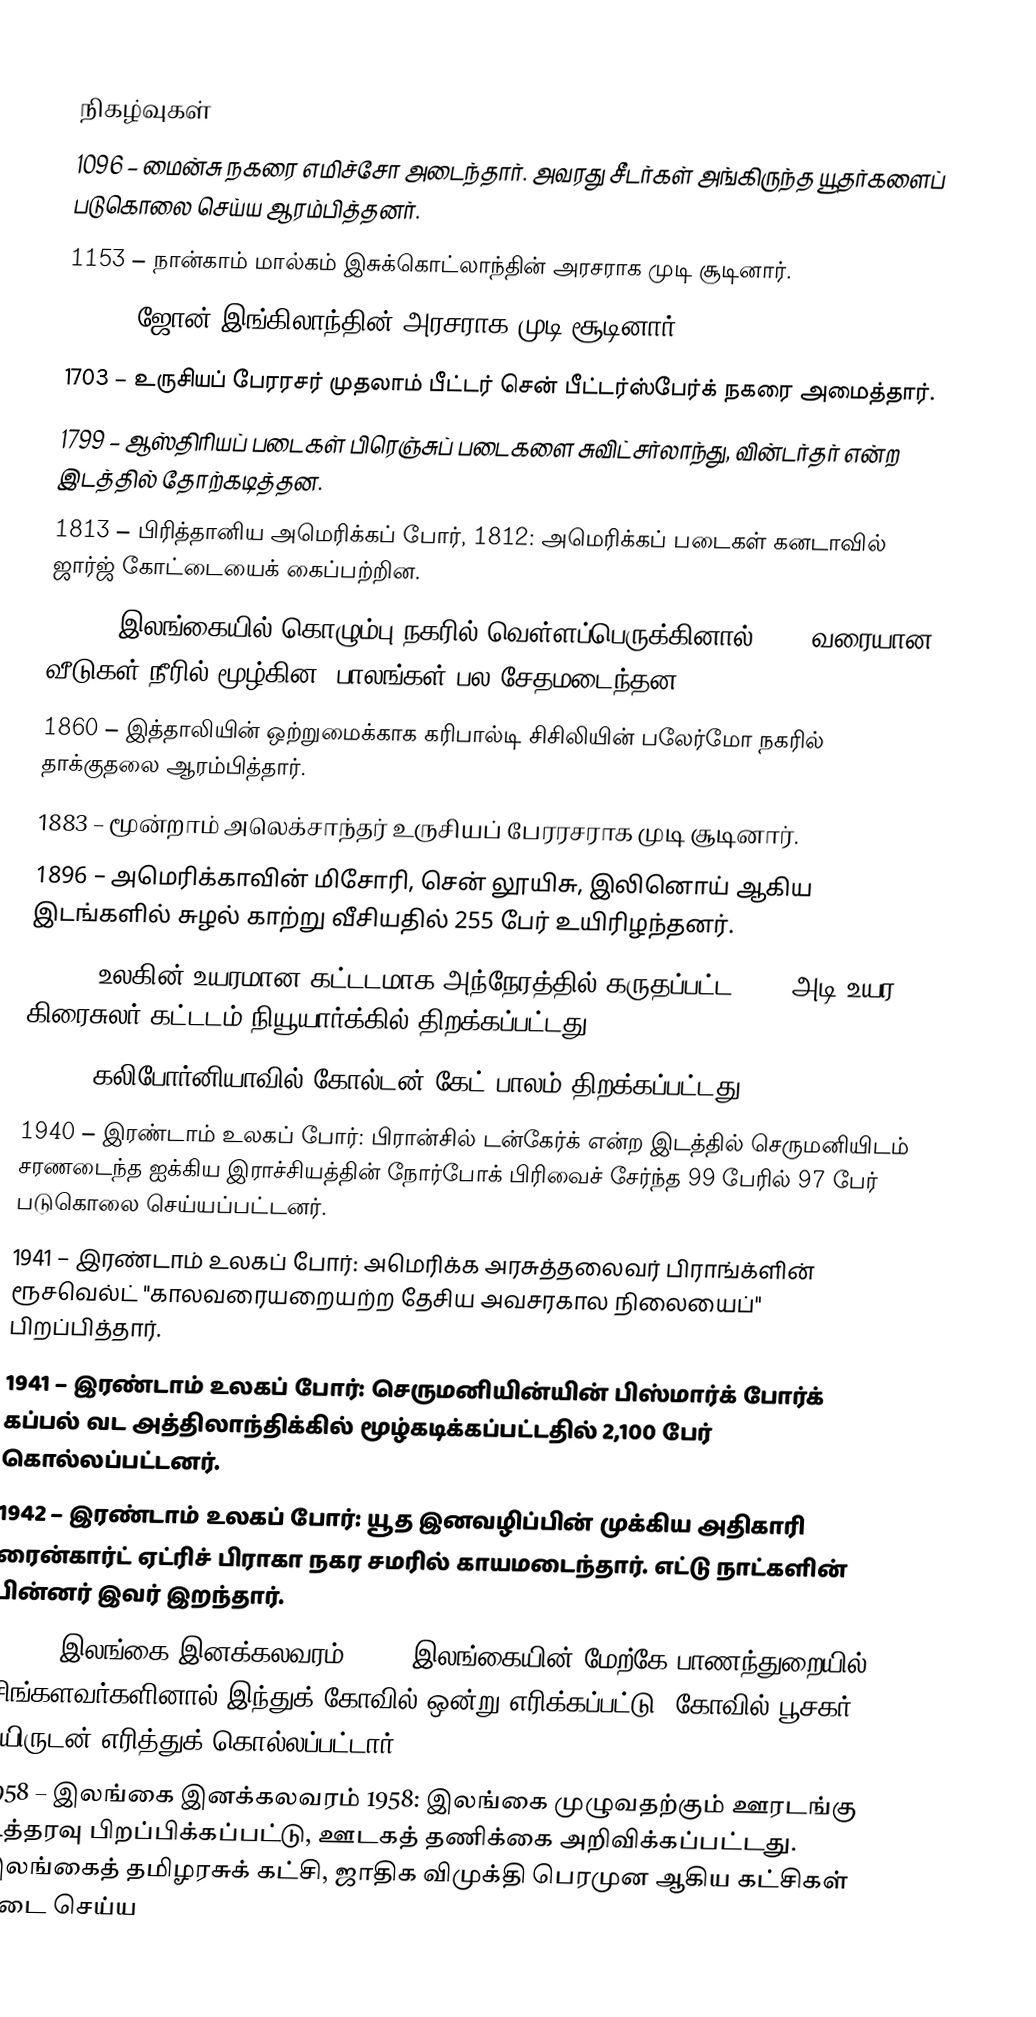

நிகழ்வுகள்
1096 – மைன்சு நகரை எமிச்சோ அடைந்தார். அவரது சீடர்கள் அங்கிருந்த யூதர்களைப் படுகொலை செய்ய ஆரம்பித்தனர்.
1153 – நான்காம் மால்கம் இசுக்கொட்லாந்தின் அரசராக முடி சூடினார்.
1199 – ஜோன் இங்கிலாந்தின் அரசராக முடி சூடினார்.
1703 – உருசியப் பேரரசர் முதலாம் பீட்டர் சென் பீட்டர்ஸ்பேர்க் நகரை அமைத்தார்.
1799 – ஆஸ்திரியப் படைகள் பிரெஞ்சுப் படைகளை சுவிட்சர்லாந்து, வின்டர்தர் என்ற இடத்தில் தோற்கடித்தன.
1813 – பிரித்தானிய அமெரிக்கப் போர், 1812: அமெரிக்கப் படைகள் கனடாவில் ஜார்ஜ் கோட்டையைக் கைப்பற்றின.
1837 – இலங்கையில் கொழும்பு நகரில் வெள்ளப்பெருக்கினால் 2000 வரையான வீடுகள் நீரில் மூழ்கின, பாலங்கள் பல சேதமடைந்தன.
1860 – இத்தாலியின் ஒற்றுமைக்காக கரிபால்டி சிசிலியின் பலேர்மோ நகரில் தாக்குதலை ஆரம்பித்தார்.
1883 – மூன்றாம் அலெக்சாந்தர் உருசியப் பேரரசராக முடி சூடினார்.
1896 – அமெரிக்காவின் மிசோரி, சென் லூயிசு, இலினொய் ஆகிய இடங்களில் சுழல் காற்று வீசியதில் 255 பேர் உயிரிழந்தனர்.
1930 – உலகின் உயரமான கட்டடமாக அந்நேரத்தில் கருதப்பட்ட 1046 அடி உயர கிரைசுலர் கட்டடம் நியூயார்க்கில் திறக்கப்பட்டது.
1937 – கலிபோர்னியாவில் கோல்டன் கேட் பாலம் திறக்கப்பட்டது.
1940 – இரண்டாம் உலகப் போர்: பிரான்சில் டன்கேர்க் என்ற இடத்தில் செருமனியிடம் சரணடைந்த ஐக்கிய இராச்சியத்தின் நோர்போக் பிரிவைச் சேர்ந்த 99 பேரில் 97 பேர் படுகொலை செய்யப்பட்டனர்.
1941 – இரண்டாம் உலகப் போர்: அமெரிக்க அரசுத்தலைவர் பிராங்க்ளின் ரூசவெல்ட் "காலவரையறையற்ற தேசிய அவசரகால நிலையைப்" பிறப்பித்தார்.
1941 – இரண்டாம் உலகப் போர்: செருமனியின்யின் பிஸ்மார்க் போர்க் கப்பல் வட அத்திலாந்திக்கில் மூழ்கடிக்கப்பட்டதில் 2,100 பேர் கொல்லப்பட்டனர்.
1942 – இரண்டாம் உலகப் போர்: யூத இனவழிப்பின் முக்கிய அதிகாரி ரைன்கார்ட் ஏட்ரிச் பிராகா நகர சமரில் காயமடைந்தார். எட்டு நாட்களின் பின்னர் இவர் இறந்தார்.
1958 – இலங்கை இனக்கலவரம் 1958: இலங்கையின் மேற்கே பாணந்துறையில் சிங்களவர்களினால் இந்துக் கோவில் ஒன்று எரிக்கப்பட்டு, கோவில் பூசகர் உயிருடன் எரித்துக் கொல்லப்பட்டார்.
1958 – இலங்கை இனக்கலவரம் 1958: இலங்கை முழுவதற்கும் ஊரடங்கு உத்தரவு பிறப்பிக்கப்பட்டு, ஊடகத் தணிக்கை அறிவிக்கப்பட்டது. இலங்கைத் தமிழரசுக் கட்சி, ஜாதிக விமுக்தி பெரமுன ஆகிய கட்சிகள் தடை செய்ய